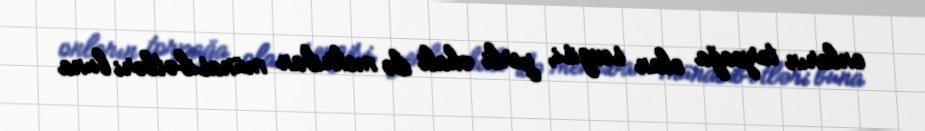
onların torpağa olan sevgisi, yerli əhali ilə mehriban münasibətləri buna